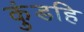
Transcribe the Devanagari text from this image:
कुंडहि